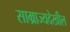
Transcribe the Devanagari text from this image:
साम्राज्यदेखील